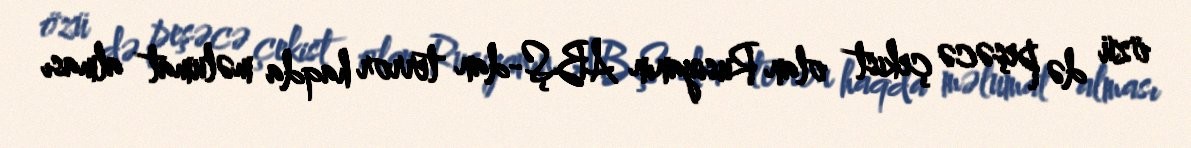
özü də peşəcə çekist olan Rusiyanın ABŞ-dan terror haqda məlumat alması